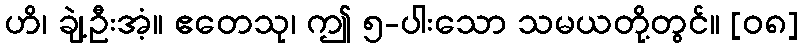
ဟိ၊ ချဲ့ဦးအံ့။ ဧတေသု၊ ဤ ၅-ပါးသော သမယတို့တွင်။ [၀၈]